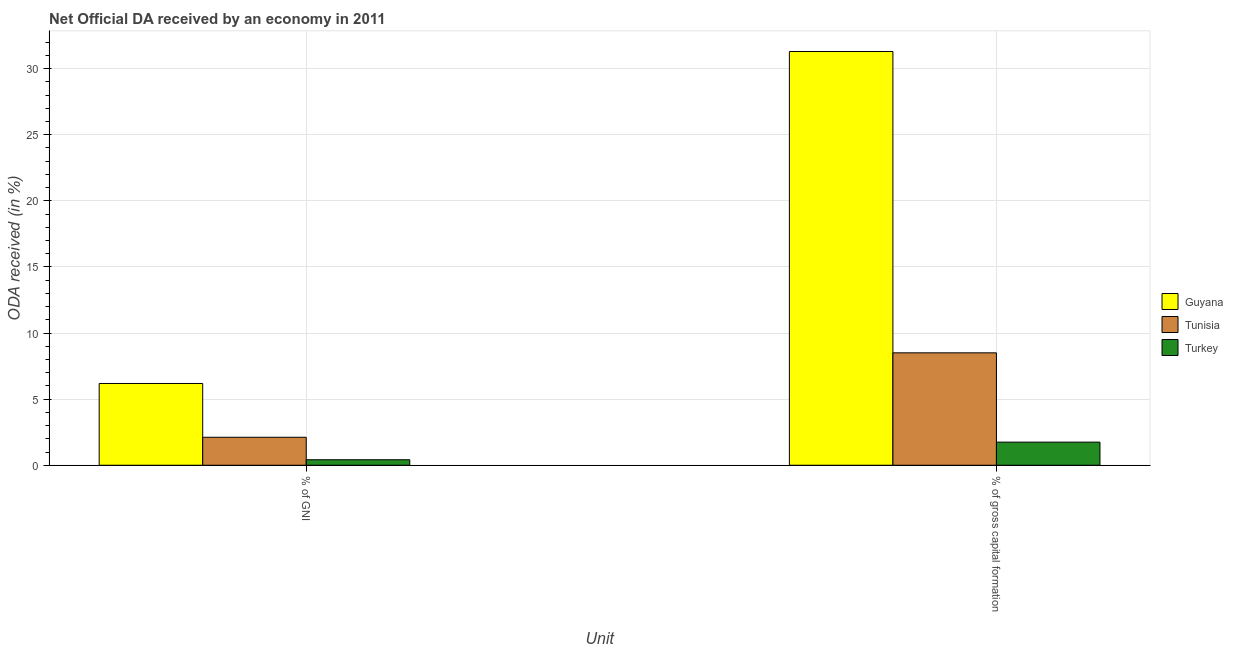
| Unit | Guyana | Tunisia | Turkey |
 | --- | --- | --- | --- |
 | % of GNI | 6.18 | 2.11 | 0.416 |
 | % of gross capital formation | 31.3 | 8.5 | 1.75 |